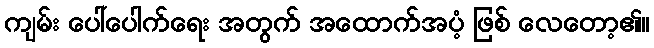
ကျမ်း ပေါ်ပေါက်ရေး အတွက် အထောက်အပံ့ ဖြစ် လေတော့၏။